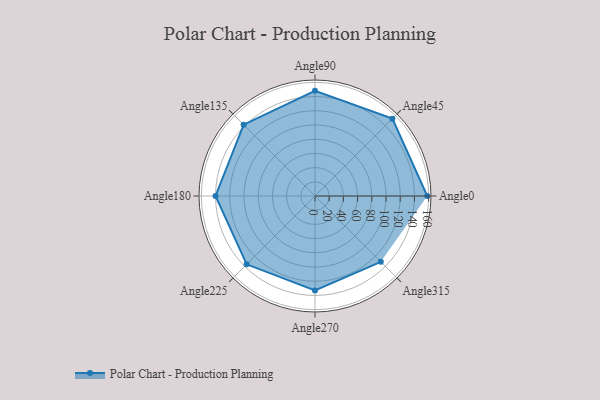
{"axis": {"x": "Angle", "y": "Radius"}, "legend": [""], "data": [{"x": "Angle0", "y": 158.0, "type": ""}, {"x": "Angle45", "y": 154.0, "type": ""}, {"x": "Angle90", "y": 148.0, "type": ""}, {"x": "Angle135", "y": 142.0, "type": ""}, {"x": "Angle180", "y": 140.0, "type": ""}, {"x": "Angle225", "y": 136.0, "type": ""}, {"x": "Angle270", "y": 133.0, "type": ""}, {"x": "Angle315", "y": 131.0, "type": ""}]}